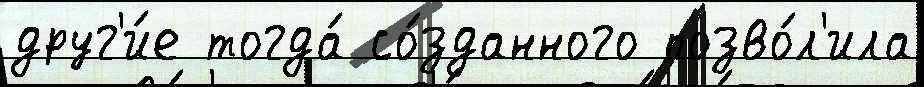
друг'и́е тогда́ со́зданного позво́л'ила